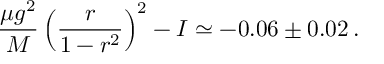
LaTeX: { \frac { \mu g ^ { 2 } } { M } } \left( \frac { r } { 1 - r ^ { 2 } } \right) ^ { 2 } - I \simeq - 0 . 0 6 \pm 0 . 0 2 \, .